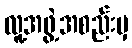
လူ့အဖွဲ့အစည်းမှ